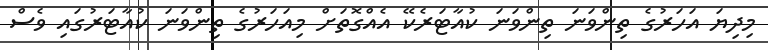
މިދިޔަ އަހަރުގެ ތިންވަނަ ތިންވަނަ ކުއާޓަރެކޭ އެއްގޮތަށް މިއަހަރުގެ ތިންވަނަ ކުއާޓަރުގައި ވެސް